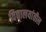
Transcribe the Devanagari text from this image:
विद्यालयांतील